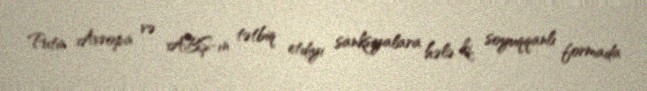
Putin Avropa və ABŞ-ın tətbiq etdiyi sanksiyalara hələ ki, soyuqqanlı formada